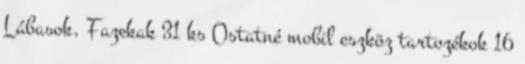
Lábasok, Fazekak 31 ks Ostatné mobil eszköz tartozékok 16